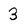
Character: 3